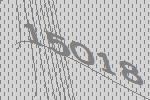
15018